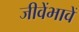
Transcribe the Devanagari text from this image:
जीवेंभावें